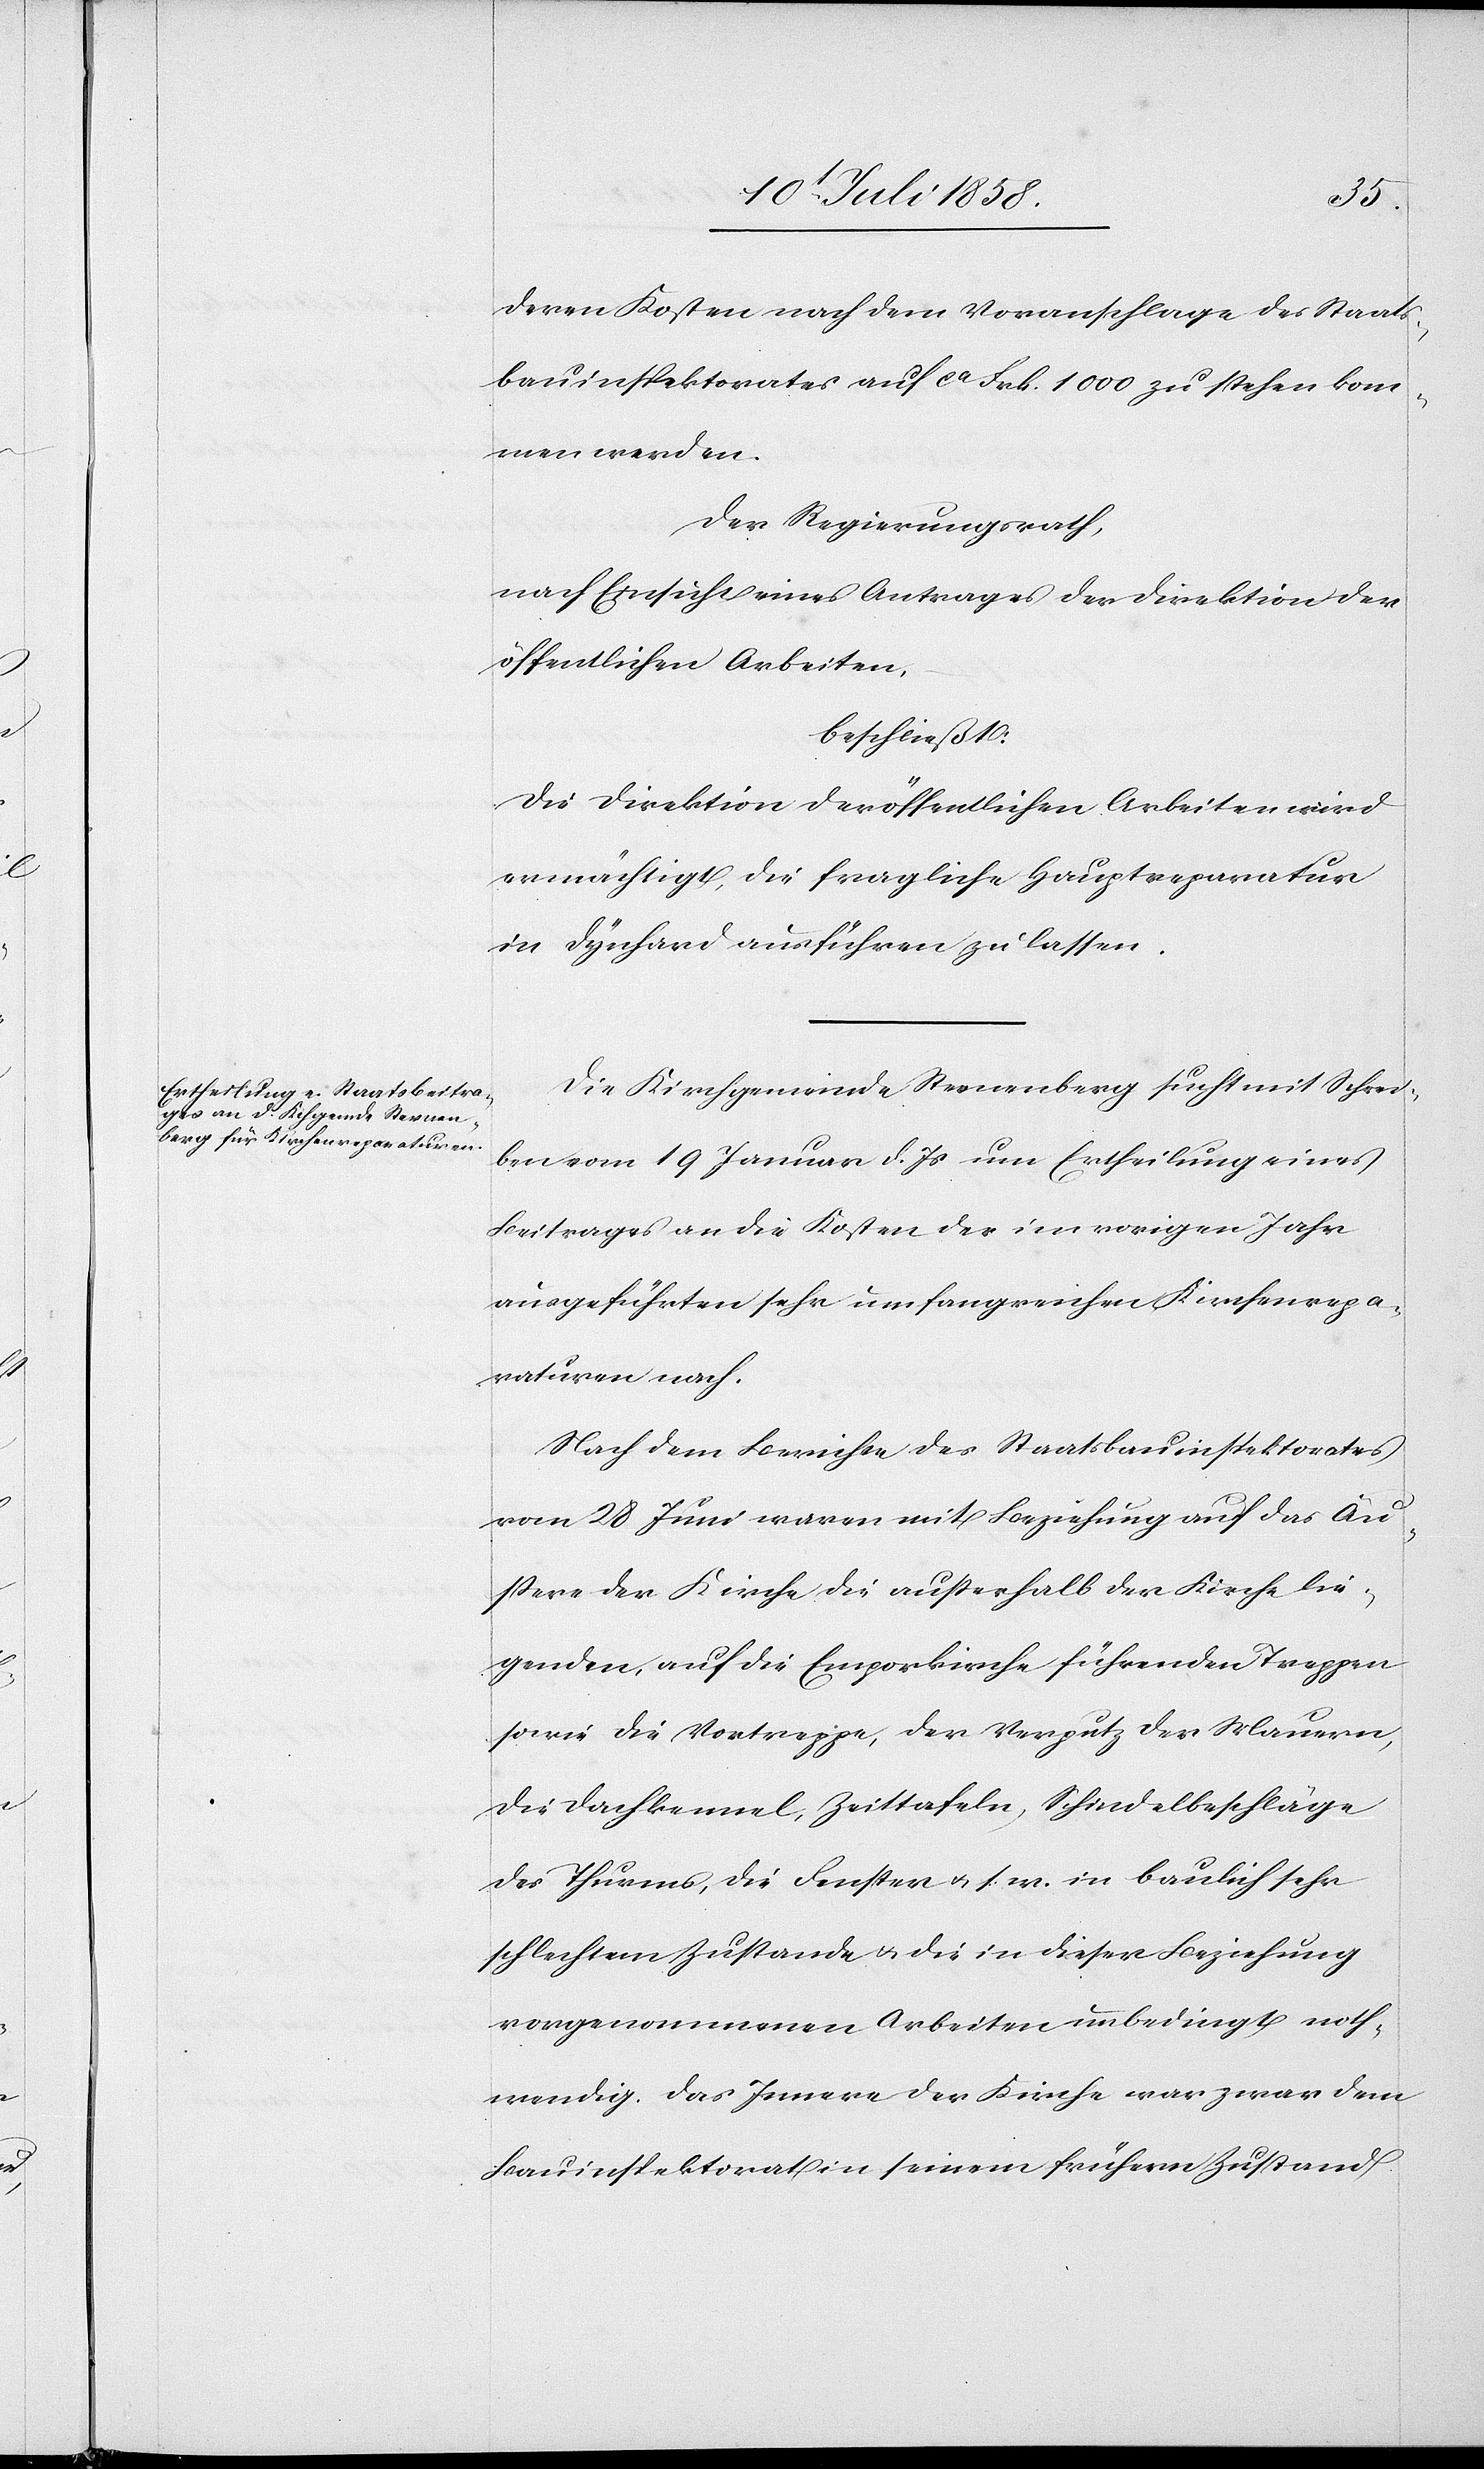
deren Kosten nach dem Voranschlage des Staats¬
bauinspektorates auf ca Frk. 1000 zu stehen kom¬
men werden.
Der Regierungsrath,
nach Einsicht eines Antrages der Direktion der
öffentlichen Arbeiten,
beschließt:
Die Direktion der öffentlichen Arbeiten wird
ermächtigt, die fragliche Hauptreparatur
in Dynhard ausführen zu lassen.
Die Kirchgemeinde Sternenberg sucht mit Schrei¬
ben vom 19 Januar d. Js um Ertheilung eines
Beitrages an die Kosten der im vorigen Jahr
ausgeführten sehr umfangreichen Kirchenrepa¬
raturen nach.
Nach dem Berichte des Staatsbauinspektorates
vom 28 Juni waren mit Beziehung auf das Äu¬
ßere der Kirche die ausserhalb der Kirche lie¬
genden, auf die Emporkirche führenden Treppen
sowie die Vortreppe, der Verputz der Mauern,
die Dachkennel, Zeittafeln, Schindelbeschläge
des Thurms, die Fenster & s. w. in baulich sehr
schlechtem Zustande & die in dieser Beziehung
vorgenommenen Arbeiten unbedingt noth¬
wendig. Das Innere der Kirche war zwar dem
Bauinspektorat in seinem frühern Zustand